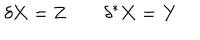
LaTeX: \delta \mathbf { X } = \mathbf { Z } \qquad \delta ^ { * } \mathbf { X } = \mathbf { Y }